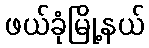
ဖယ်ခုံမြို့နယ်